Scientific memoirs by medical officers of the Army of India - Part X,
Year: 1897
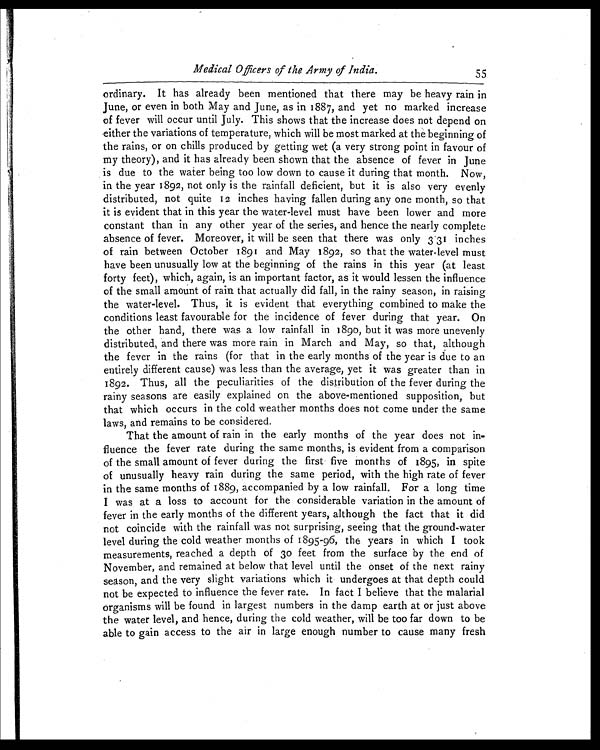
Medical Officers of the Army of India.
55
ordinary. It has already been mentioned that there may be heavy rain in
June, or even in both May and June, as in 1887, and yet no marked increase
of fever will occur until July. This shows that the increase does not depend on
either the variations of temperature, which will be most marked at the beginning of
the rains, or on chills produced by getting wet (a very strong point in favour of
my theory), and it has already been shown that the absence of fever in June
is due to the water being too low down to cause it during that month. Now,
in the year 1892, not only is the rainfall deficient, but it is also very evenly
distributed, not quite 12 inches having fallen during any one month, so that
it is evident that in this year the water-level must have been lower and more
constant than in any other year of the series, and hence the nearly complete
absence of fever. Moreover, it will be seen that there was only 331 inches
of rain between October 1891 and May 1892, so that the water-level must
have been unusually low at the beginning of the rains in this year (at least
forty feet), which, again, is an important factor, as it would lessen the influence
of the small amount of rain that actually did fall, in the rainy season, in raising
the water-level. Thus, it is evident that everything combined to make the
conditions least favourable for the incidence of fever during that year. On
the other hand, there was a low rainfall in 1890, but it was more unevenly
distributed, and there was more rain in March and May, so that, although
the fever in the rains (for that in the early months of the year is due to an
entirely different cause) was less than the average, yet it was greater than in
1892. Thus, all the peculiarities of the distribution of the fever during the
rainy seasons are easily explained on the above-mentioned supposition, but
that which occurs in the cold weather months does not come under the same
laws, and remains to be considered.
That the amount of rain in the early months of the year does not in-
fluence the fever rate during the same months, is evident from a comparison
of the small amount of fever during the first five months of 1895, in spite
of unusually heavy rain during the same period, with the high rate of fever
in the same months of 1889, accompanied by a low rainfall. For a long time
I was at a loss to account for the considerable variation in the amount of
fever in the early months of the different years, although the fact that it did
not coincide with the rainfall was not surprising, seeing that the ground-water
level during the cold weather months of 1895-96, the years in which I took
measurements, reached a depth of 30 feet from the surface by the end of
November, and remained at below that level until the onset of the next rainy
season, and the very slight variations which it undergoes at that depth could
not be expected to influence the fever rate. In fact I believe that the malarial
organisms will be found in largest numbers in the damp earth at or just above
the water level, and hence, during the cold weather, will be too far down to be
able to gain access to the air in large enough number to cause many fresh